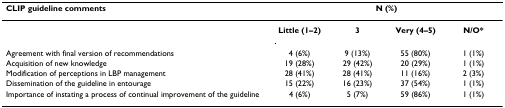
| CLIP guideline comments | <COLSPAN=4> N (%) |
 | --- | --- | --- | --- | --- |
 |  | Little (1–2) | 3 | Very (4–5) | N/O* |
 | Agreement with final version of recommendations | 4 (6%) | 9 (13%) | 55 (80%) | 1 (1%) |
 | Acquisition of new knowledge | 19 (28%) | 29 (42%) | 20 (29%) | 1 (1%) |
 | Modification of perceptions in LBP management | 28 (41%) | 28 (41%) | 11 (16%) | 2 (3%) |
 | Dissemination of the guideline in entourage | 15 (22%) | 16 (23%) | 37 (54%) | 1 (1%) |
 | Importance of instating a process of continual improvement of the guideline | 4 (6%) | 5 (7%) | 59 (86%) | 1 (1%) |